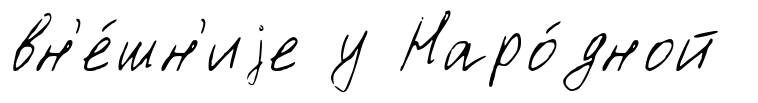
вн'е́шн'иjе у Наро́дной